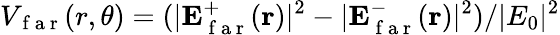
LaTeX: V_{\mathrm{~f~a~r~}}(r,\theta)=(|\mathbf{E}_{\mathrm{~f~a~r~}}^{+}(\mathbf{r})|^{2}-|\mathbf{E}_{\mathrm{~f~a~r~}}^{-}(\mathbf{r})|^{2})/|E_{0}|^{2}